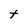
Character: t